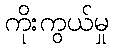
ကိုးကွယ်မှု